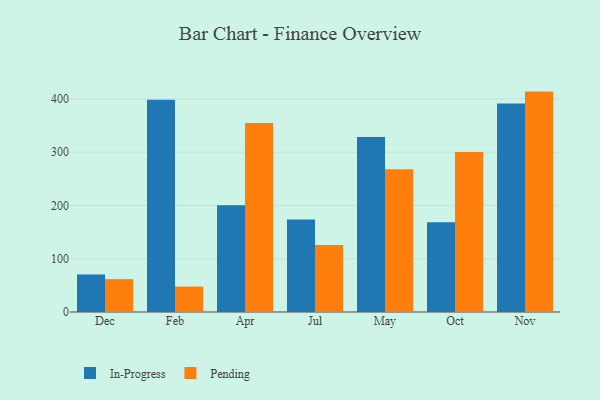
{"axis": {"x": "Month", "y": "Customer Acquisition Cost (USD)"}, "legend": ["In-Progress", "Pending"], "data": [{"x": "Dec", "y": 70.2, "type": "In-Progress"}, {"x": "Dec", "y": 61.7, "type": "Pending"}, {"x": "Feb", "y": 398.3, "type": "In-Progress"}, {"x": "Feb", "y": 47.8, "type": "Pending"}, {"x": "Apr", "y": 200.5, "type": "In-Progress"}, {"x": "Apr", "y": 354.9, "type": "Pending"}, {"x": "Jul", "y": 173.7, "type": "In-Progress"}, {"x": "Jul", "y": 125.9, "type": "Pending"}, {"x": "May", "y": 328.6, "type": "In-Progress"}, {"x": "May", "y": 268.1, "type": "Pending"}, {"x": "Oct", "y": 168.3, "type": "In-Progress"}, {"x": "Oct", "y": 300.5, "type": "Pending"}, {"x": "Nov", "y": 391.3, "type": "In-Progress"}, {"x": "Nov", "y": 413.8, "type": "Pending"}]}